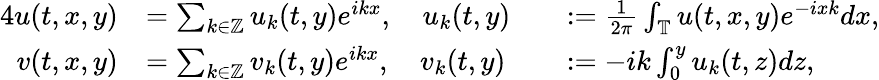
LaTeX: \begin{array}{rlrl}{{4}u(t,x,y)}&{=\sum_{k\in\mathbb{Z}}u_{k}(t,y)e^{ikx},\quad u_{k}(t,y)}&&{:=\frac{1}{2\pi}\int_{\mathbb{T}}u(t,x,y)e^{-ixk}dx,}\\ {v(t,x,y)}&{=\sum_{k\in\mathbb{Z}}v_{k}(t,y)e^{ikx},\quad v_{k}(t,y)}&&{:=-ik\int_{0}^{y}u_{k}(t,z)dz,}\end{array}